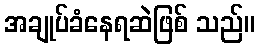
အချုပ်ခံနေရဆဲဖြစ် သည်။